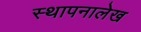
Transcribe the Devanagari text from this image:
स्थापनालेख